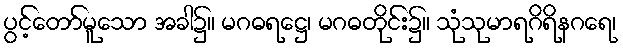
ပွင့်တော်မူသော အခါ၌။ မဂဓရဋ္ဌေ၊ မဂဓတိုင်း၌။ သုံသုမာရဂိရိနဂရေ၊